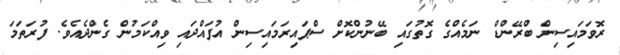
ރޮވަމައިސިން ބްރޭންޑް ނަމެއްގެ ގޮތުގައި ބޭނުންކޮށް ސްޕައިރަމައިސިން އުފައްދައި ވިއްކަމުން ގެންދެއެވެ. ފުރަތަމަ